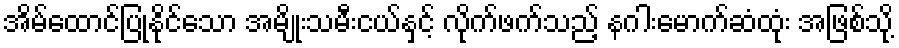
အိမ်ထောင်ပြုနိုင်သော အမျိုးသမီးငယ်နှင့် လိုက်ဖက်သည့် နဂါးမောက်ဆံထုံး အဖြစ်သို့